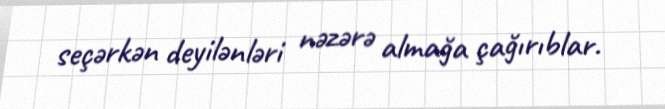
seçərkən deyilənləri nəzərə almağa çağırıblar.